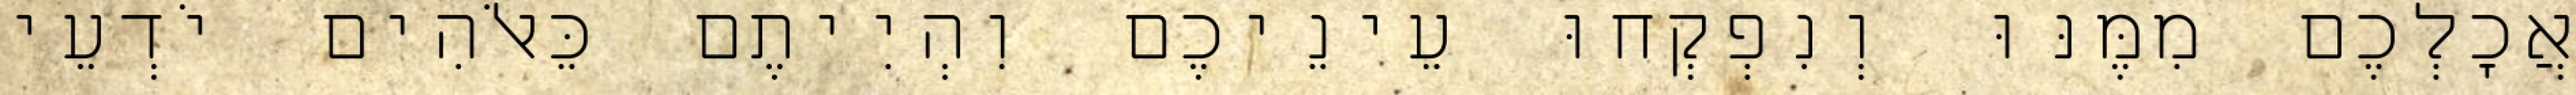
אֲכָלְכֶם מִמֶּנּוּ וְנִפְקְחוּ עֵינֵיכֶם וִהְיִיתֶם כֵּאלֹהִים יֹדְעֵי